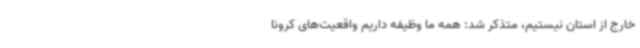
خارج از استان نیستیم، متذکر شد: همه ما وظیفه داریم واقعیت‌های کرونا